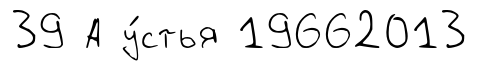
39 А у́стья 19662013